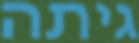
גיתה